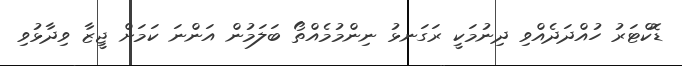
ޑޮކްޓަރު ހުއްދަދެއްވި ދިނުމަކީ ރަގަނޅު ނިންމުމެއްތޯ ބަލަމުން އަންނަ ކަމަށް ޖީޒާ ވިދާޅުވި